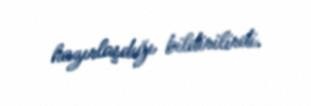
hazırlaşdığı bildirilirdi.